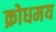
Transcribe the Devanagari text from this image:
क्रोधमय